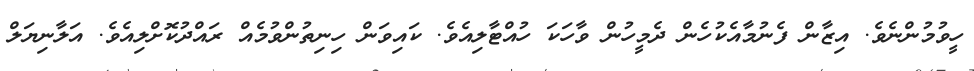
ހީވުމުންނެވެ. އިޒާން ފެނުމާއެކުހެން ދެމީހުން ވާހަކަ ހުއްޓާލިއެވެ. ކައިވަން ހިނިތުންވުމެއް ރައްދުކޮށްލިއެވެ. އަލާނިޔަލް